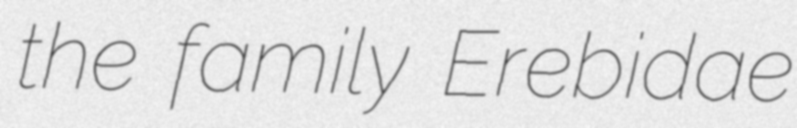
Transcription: the family Erebidae